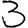
Digit: 3